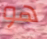
هو